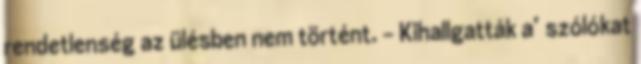
rendetlenség az ülésben nem történt. – Kihallgatták a’ szólókat